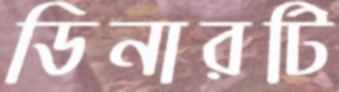
ডিনারটি